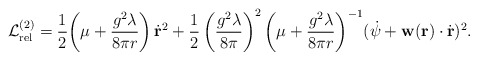
\begin{align*}{\cal L}_{{\rm rel}}^{(2)} = \frac{1}{2} \biggl( \mu + \frac{g^2\lambda}{8\pi r}\biggr)\,\dot{{\bf r}}^2+ \frac{1}{2} \left(\frac{g^2\lambda}{8\pi}\right)^2 \biggl( \mu+ \frac{g^2\lambda}{8\pi r}\biggr)^{-1} (\dot{\psi} + {\bf w}({\bf r})\cdot \dot{{\bf r}}) ^2 .\end{align*}